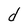
Character: d